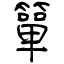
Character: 簞